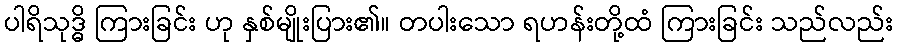
ပါရိသုဒ္ဓိ ကြားခြင်း ဟု နှစ်မျိုးပြား၏။ တပါးသော ရဟန်းတို့ထံ ကြားခြင်း သည်လည်း